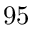
9 5